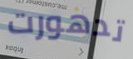
تدهورت